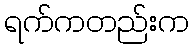
ရက်ကတည်းက